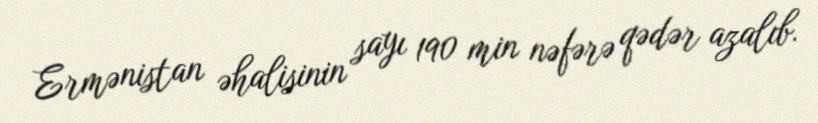
Ermənistan əhalisinin sayı 190 min nəfərə qədər azalıb.